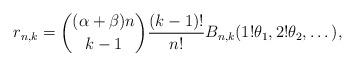
LaTeX: \begin{align*} r_{n,k} = \binom{(\alpha + \beta)n}{k-1} \frac{(k-1)!}{n!} B_{n, k}(1! \theta_1,2! \theta_2,\dots),\end{align*}